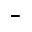
-